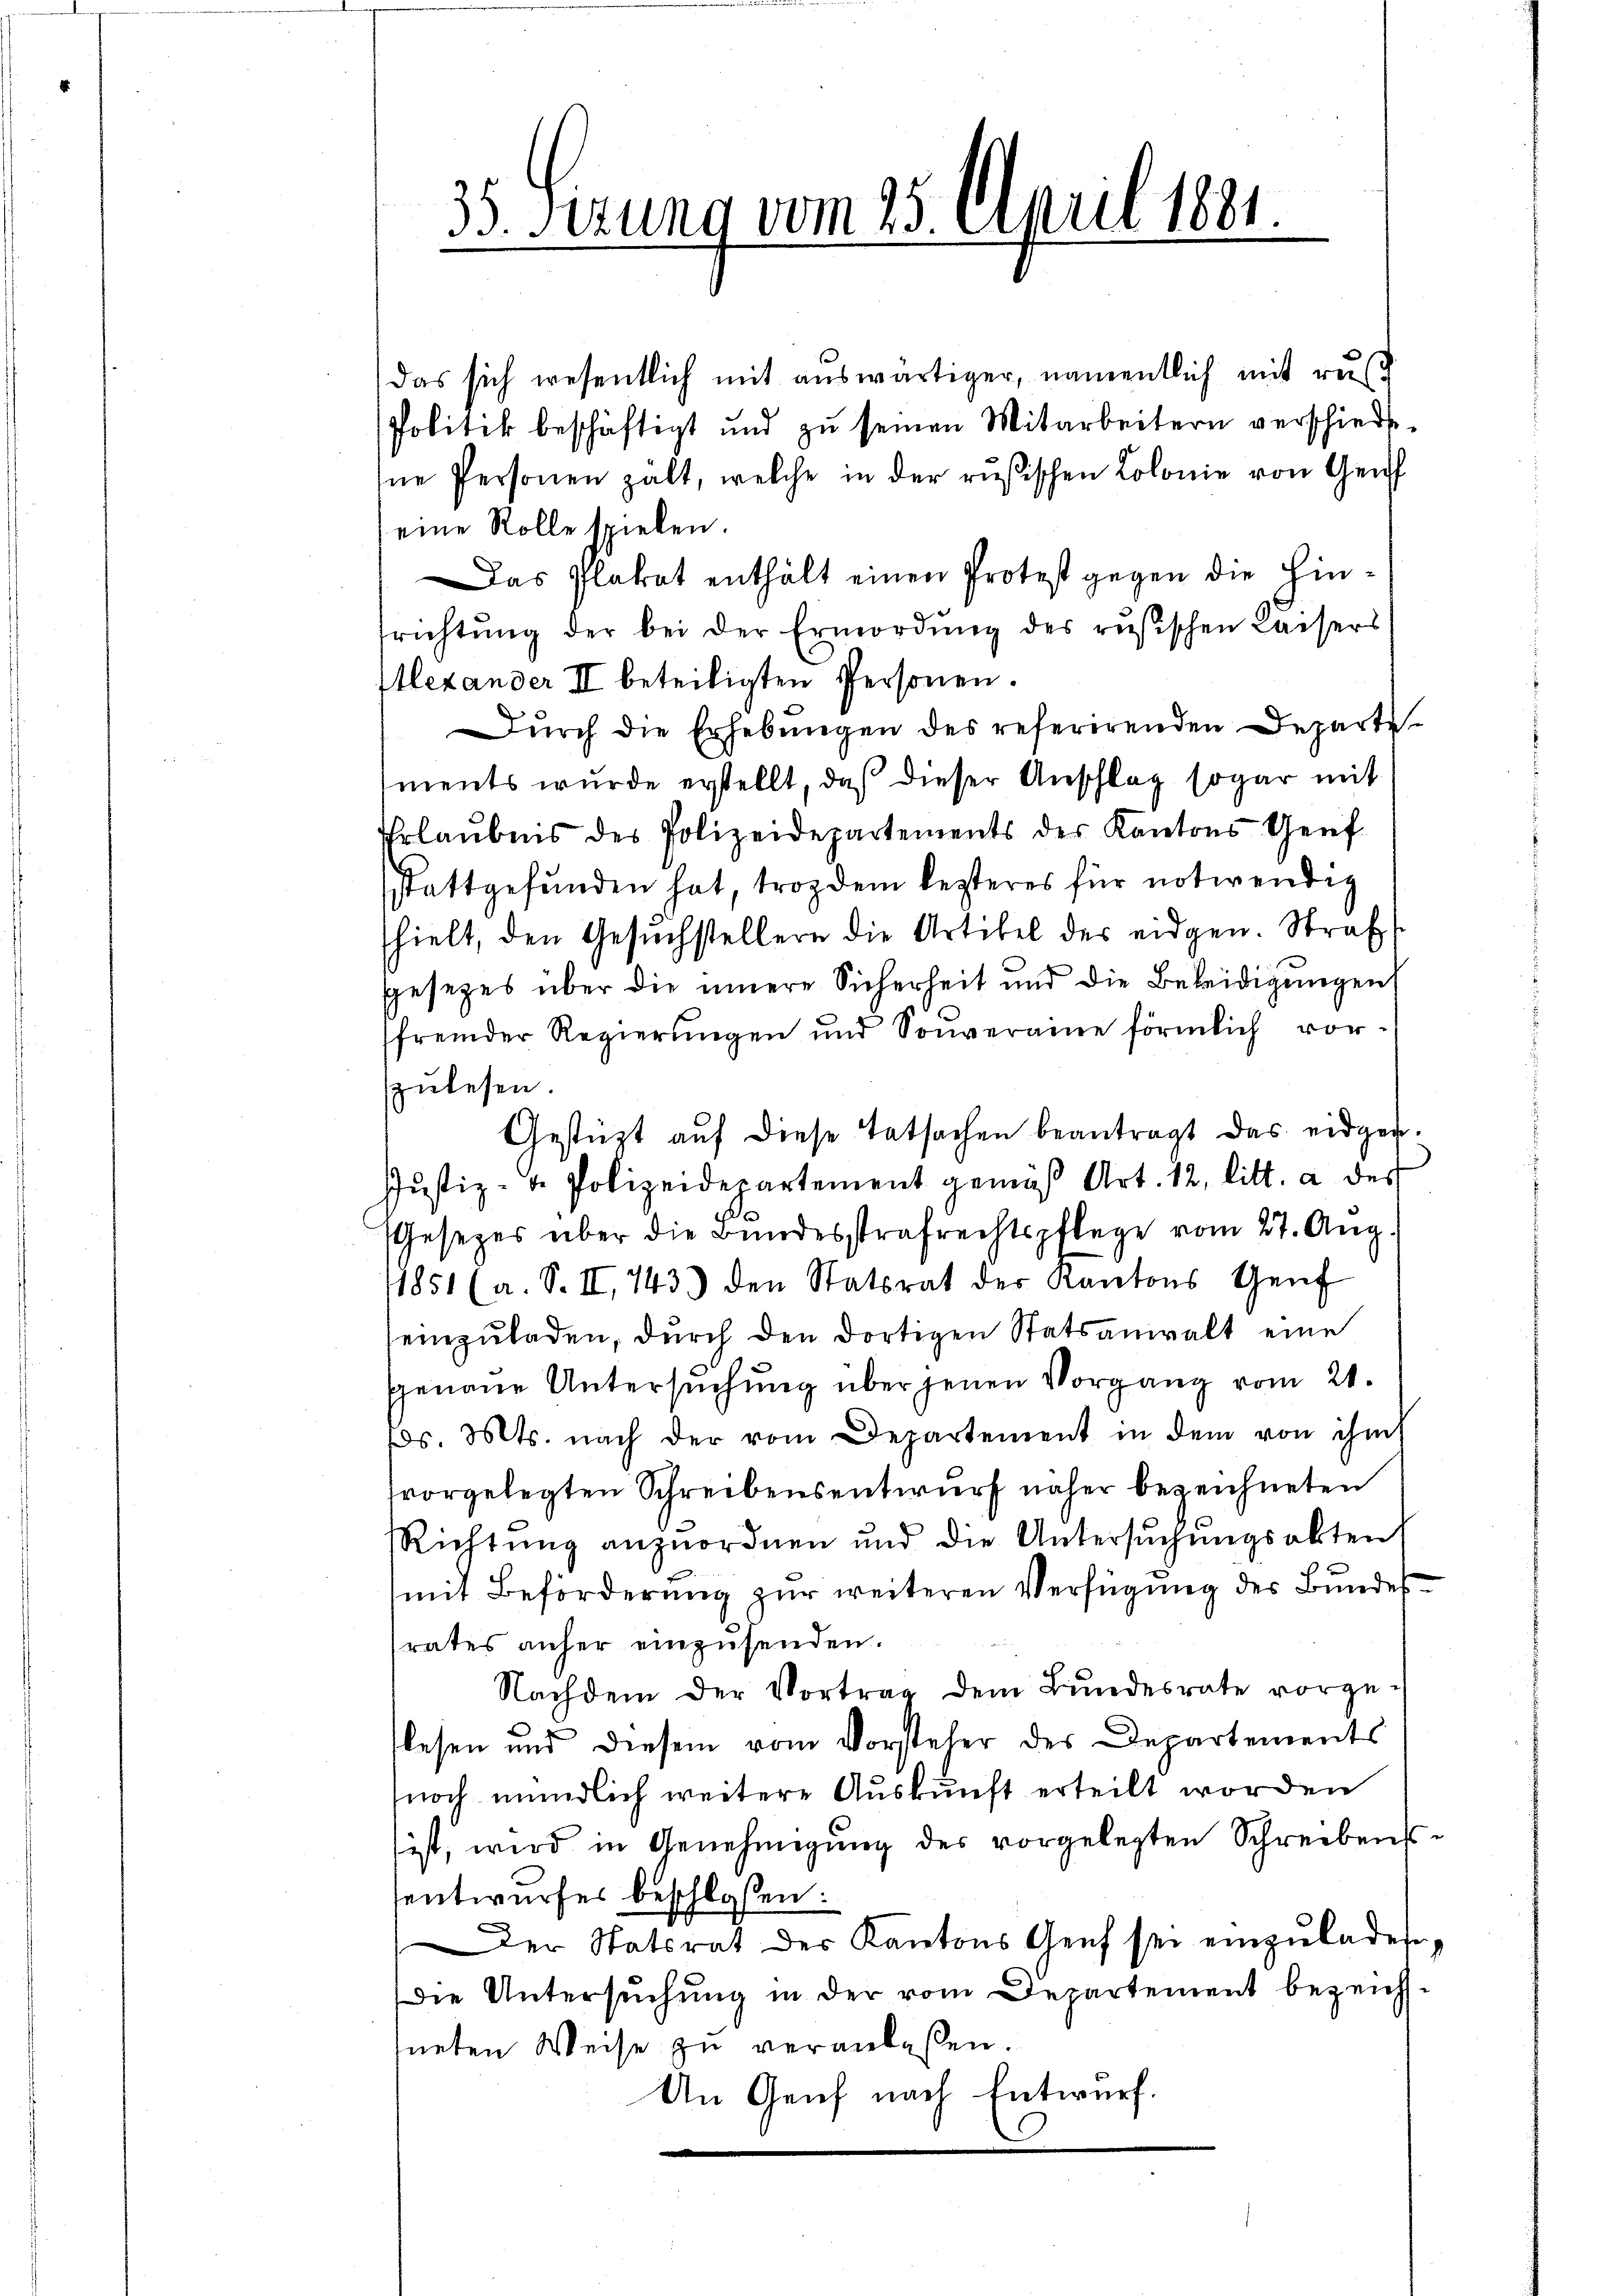
35. Sezung vom 25. April 1881.

das sich wesentlich mit auswärtiger, namentlich mit rus
Politik beschäftigt und zŭ seinen Mitarbeitern verschiede
ne Personen halt, welche in der rusischen Colonie von Gen
eine Rolle spielen.
Das Plakat enthält einen Protest gegen die Hinsrichtŭng der bei der Ermordŭng des rŭsischen Kaisers
Alexander II beteiligten Personen.
Durch die Erhebungen des referirenden Departe
ments wurde erstellt, daß dieser Anschlag sogar mit
Erlaubnis des Polizeidepartements der Kantons Genf
sstattgefunden hat, trotzdem lezteres für notwendig
hielt, den Gesŭchstellern die Artikel des eidgen. Straf
gesezes über die innere Sicherheit und die Beleidigungen
fremder Regierungen und Souveraine förmlich vorzulesen.
Gestüzt auf diese Tatsachen beantragt das eidgen.
Justiz- u. Polizeidepartement gemäβ Art. 12, litt. a des
Gesetzes über die Bundesstrafrechtspflege vom 27. Aug.
1851 (a. S. II, 743.) den Statsrat der Kantons Genf
einzuladen, durch den dortigen Statsanwalt eine
genaue Untersuchung über jenen Vorgang vom 21.
ds. Mts. nach der vom Departement in dem von ihm
tvorgelegten Schreibensentwurf näher bezeichneten
Richtung anzuordnen und die Untersuchungsakten
mit Beförderung zur weiteren Verfügung des Bundesrates anher einzusenden.
Nachdem der Vortrag dem Bŭndesrate vorge-
lesen und diesem vom Vorsteher des Departements
noch mündlich weitere Auskunft erteilt worden
ist, wird in Genehmigung des vorgelegten Schreibensentwurfes beschloßen:
Der Statsrat der Kantons Genf sei einzŭladete,
die Untersuchung in der vom Departement bezeichhneten Weise zu veranlaßen.
An Genf nach Entwurf.
e